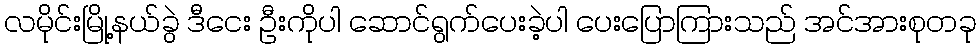
လမိုင်းမြို့နယ်ခွဲ ဒီငေး ဦးကိုပါ ဆောင်ရွက်ပေးခဲ့ပါ ပေးပြောကြားသည် အင်အားစုတခု